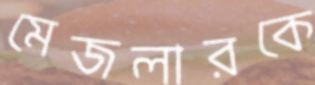
মেজলারকে